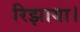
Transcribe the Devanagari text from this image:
रिझाया।